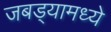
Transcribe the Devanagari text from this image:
जबड्यामध्ये